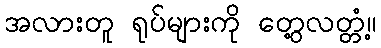
အလားတူ ရုပ်များကို တွေ့လတ္တံ့။